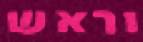
וראש